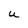
Character: U